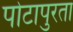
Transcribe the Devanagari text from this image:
पोटापुरता